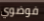
فوضوي